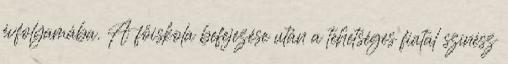
évfolyamába. A főiskola befejezése után a tehetséges fiatal színész